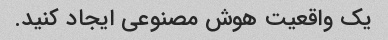
یک واقعیت هوش مصنوعی ایجاد کنید.